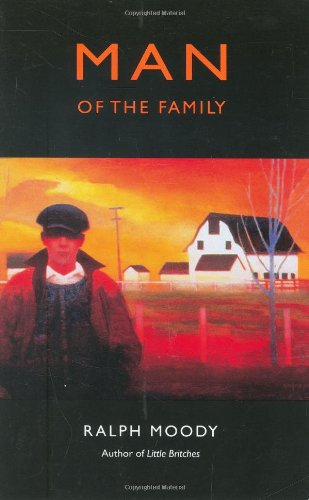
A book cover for Man of the Family; Ralph Moody; Literature & Fiction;